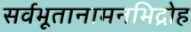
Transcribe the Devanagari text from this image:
सर्वभूतानामनभिद्रोह